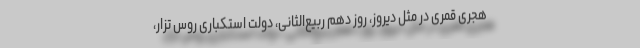
هجری قمری در مثل دیروز، روز دهم ربیع‌الثانی، دولت استکباری روس تزار،